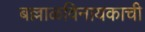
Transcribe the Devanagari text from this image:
बल्लाळविनायकाची